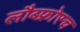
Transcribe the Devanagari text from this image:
लौब्फ्रोस्च